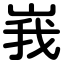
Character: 峩